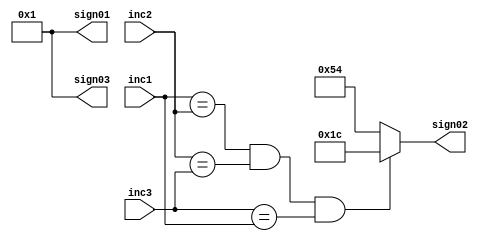
module win_lose (inc1, inc2, inc3, sign01, sign02, sign03);
	input [3:0] inc1, inc2, inc3;
	output reg [6:0] sign01, sign02, sign03;
	
	always @ (inc1, inc2, inc3) begin
		if ((inc1 == inc2) && (inc2 == inc3) && (inc3 == inc1)) begin
			sign01 = 7'b0000001;
			sign02 = 7'b0011100;
			sign03 = 7'b0000001;
			end
		else begin
			sign01 = 7'b0000001;
			sign02 = 7'b1010100;
			sign03 = 7'b0000001;
			end
	end
endmodule